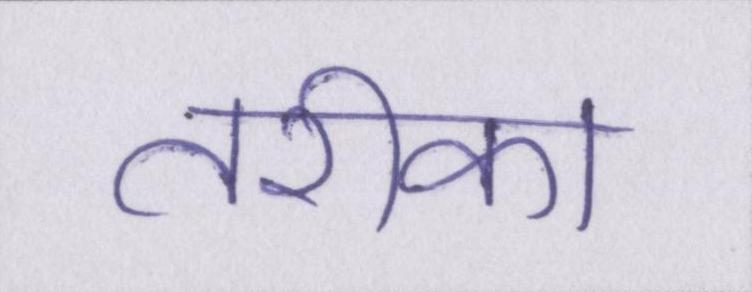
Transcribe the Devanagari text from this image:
तरीका